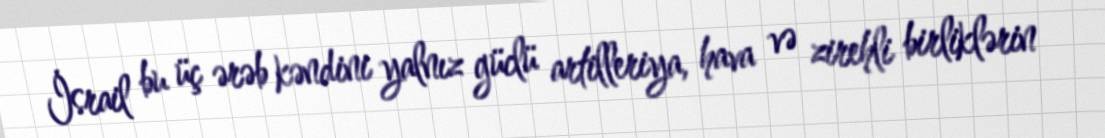
İsrail bu üç ərəb kəndini yalnız güclü artilleriya, hava və zirehli birliklərin